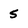
Character: 5